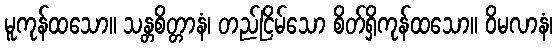
မူကုန်ထသော။ သန္တစိတ္တာနံ၊ တည်ငြိမ်သော စိတ်ရှိကုန်ထသော။ ဝိမလာနံ၊